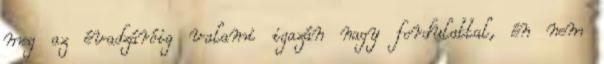
meg az évadzáróig valami igazán nagy fordulattal, én nem